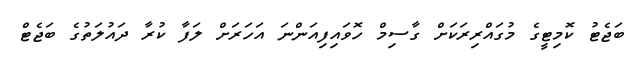
ބަޖެޓު ކޮމިޓީގެ މުގައްރިރަކަށް ގާސިމް ހޮވައިފިއަންނަ އަހަރަށް ލަފާ ކުރާ ދައުލަތުގެ ބަޖެޓް